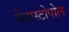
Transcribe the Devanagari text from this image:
सेबास्टोपोल